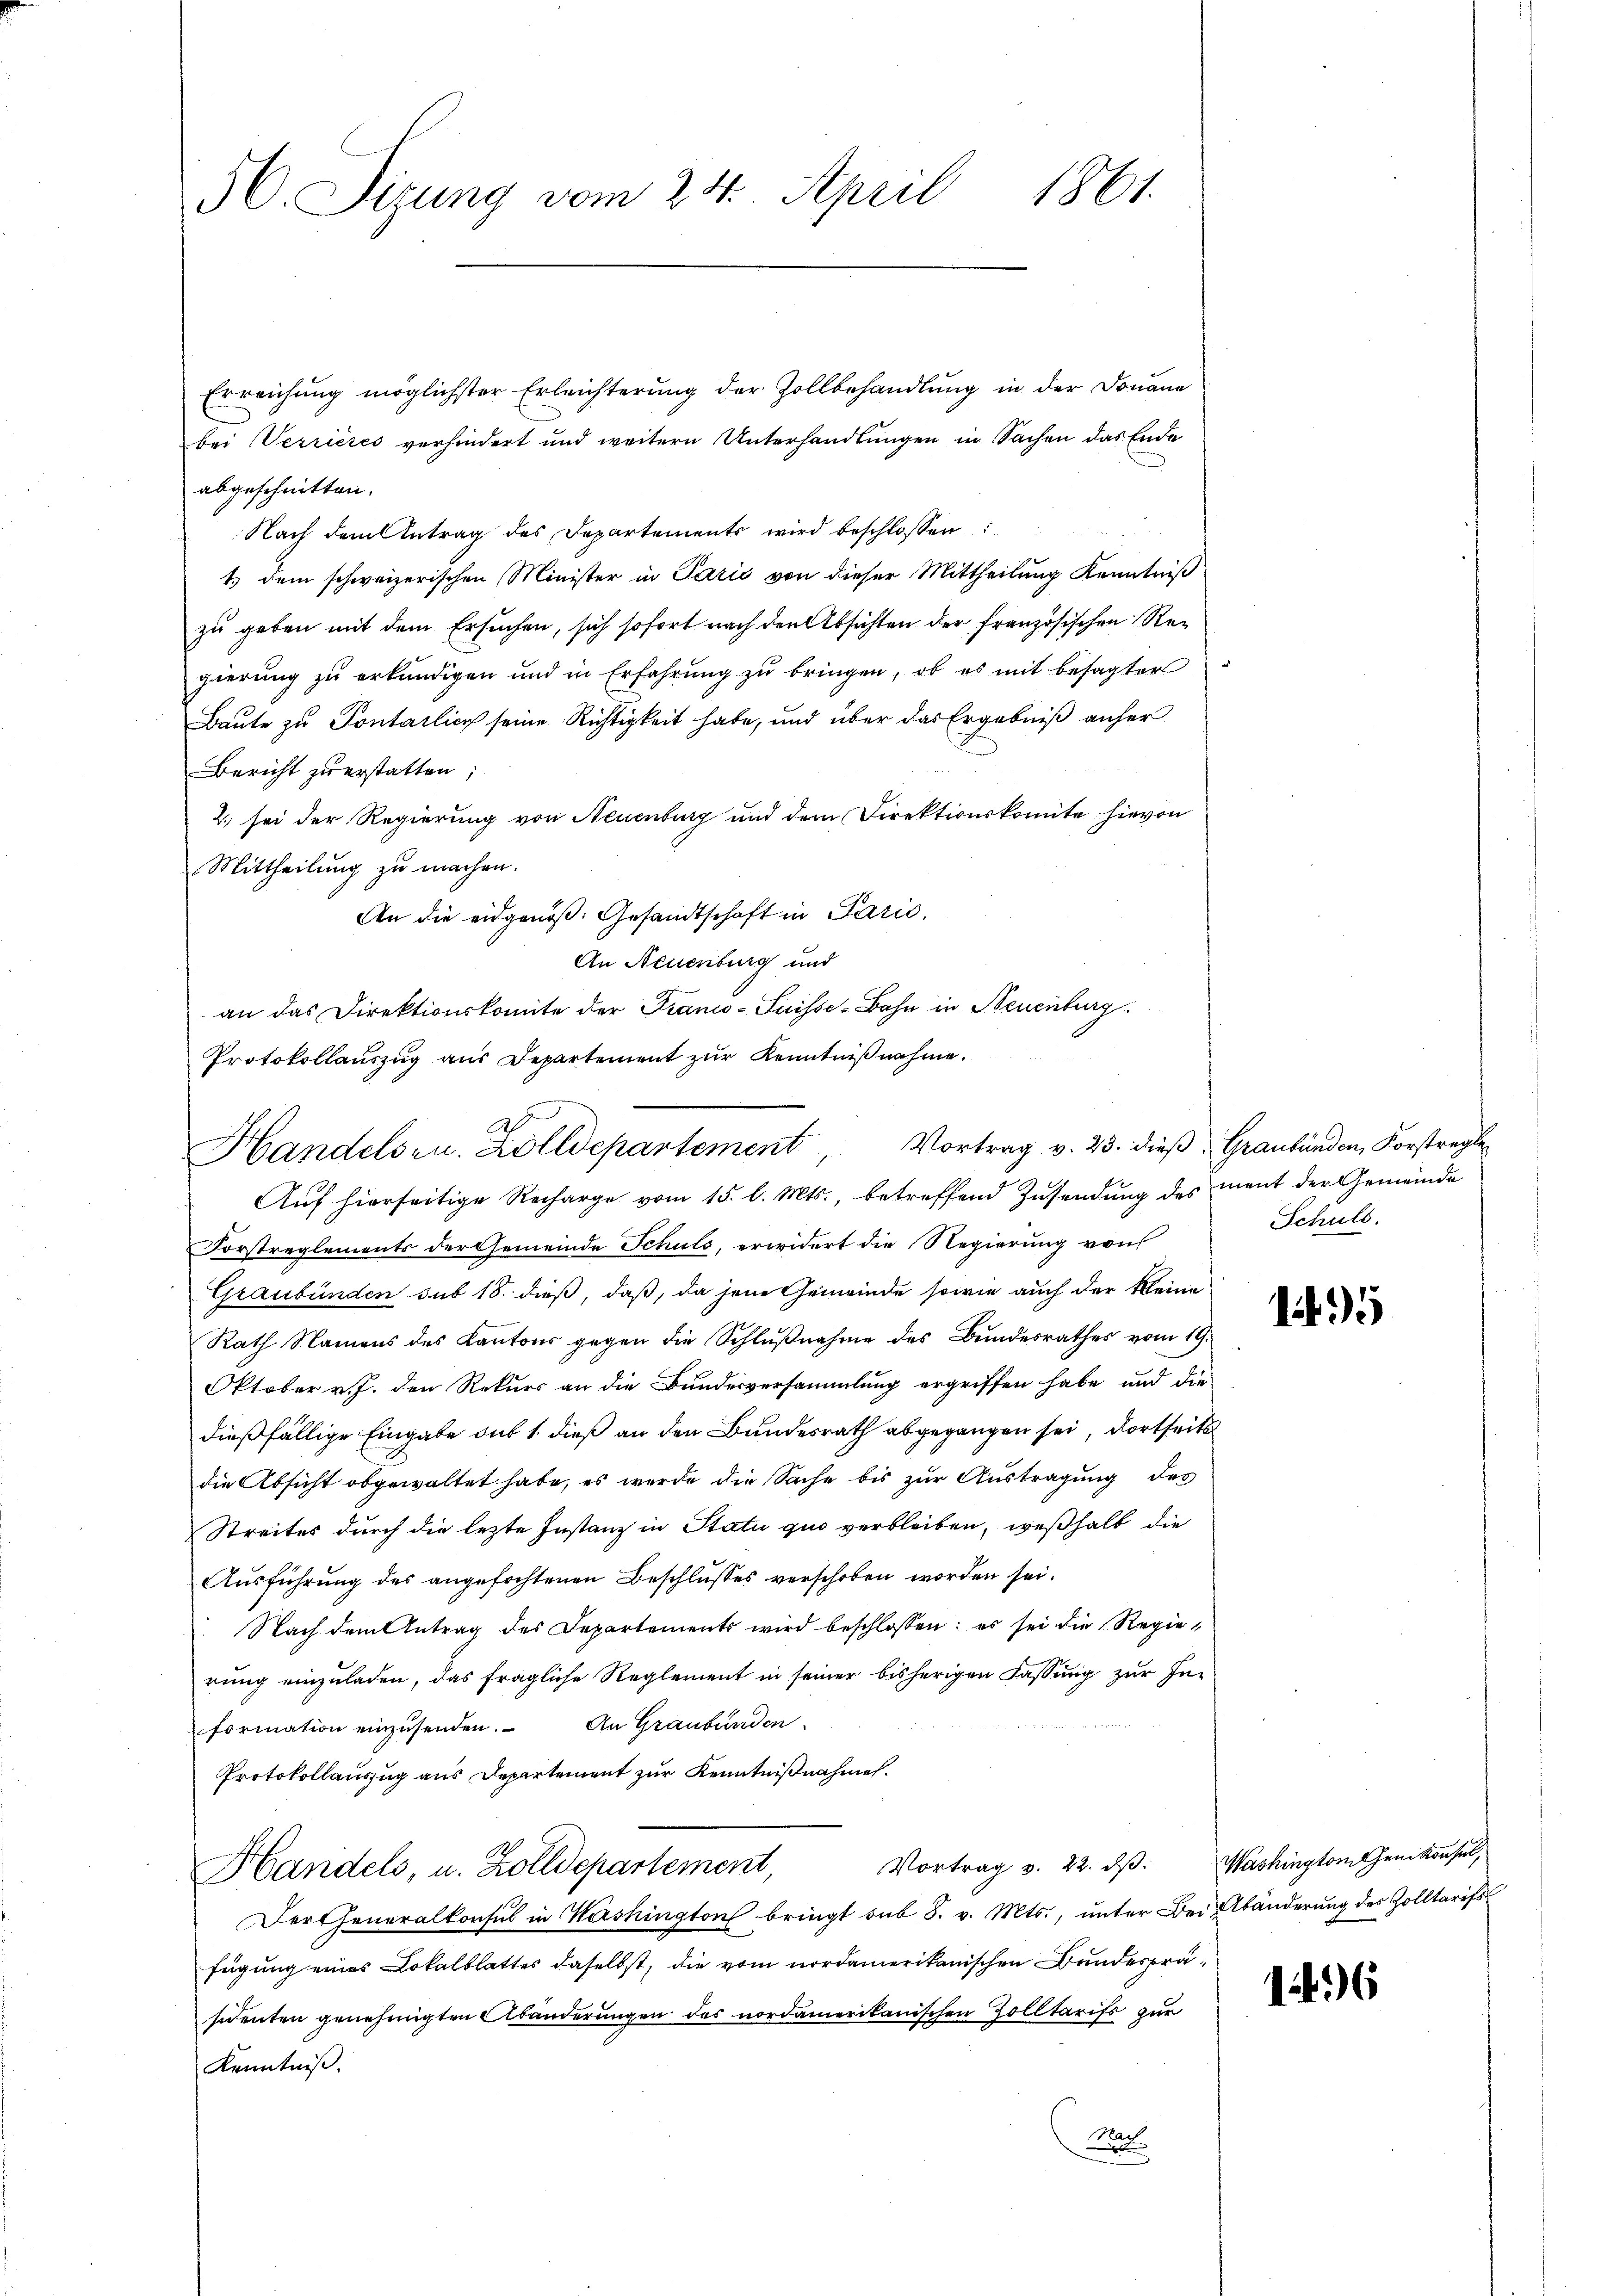
56. Sizung vom 24. April 1861.

2
Handelsen. Zolldepartement, Vortrag v. 23. dieβ Graubünden, Forstregle

Erreichung möglichster Erleichterung der Zollbehandlung in der Donaue
bei Verrières verhindert und weitern Unterhandlungen in Sachen das Ende
abgeschnitten.
Nach dem Antrag des Departements wird beschlossen:
1.) dem schweizerischen Minister in Paris von dieser Mittheilŭng Kenntniβ
zu geben mit dem Ersuchen, sich sofort nach den Absichten der französischen Regierung zu erkundigen und in Erfahrŭng zŭ bringen, ob es mit besagter
Baute zu Pontarlich seine Richtigkeit habe, und über das Ergebniß anher
Bericht zu erstatten;
2.) sei der Regierung von Neuenburg und dem Direktionskomite hievon
Mittheilung zu machen.
An die eidgenöß: Gesandtschaft in Parić,
An Neuenburg und
an das Direktionskomite der Franco-Suisse-Bahn in Neuenburg
Protokollauszug aus Departement zur Kenntnißnahme.

Auf hierseitige Recharge vom 15. l. Mts., betreffend Zusendung des ment der Gemeinde
Forstreglements der Gemeinde Schuld, erwidert die Regierung von
Graubünden sub 18. dieß, daß, da jene Gemeinde sowie auch der kleine
Rath Namens des Kantons gegen die Schlŭβnahme des Bŭndesrathes vom 19.
Oktober v. J. den Rekurs an die Bundesversammlung ergriffen habe und die
dießfällige Eingabe du 1. dieß an den Bundesrath abgegangen sei, dortseits
die Absicht abgewaltet habe, es werde die Sache bis zur Austragung des
Streites durch die lezte Instanz in Statu quo verbleiben, weßhalb die
Aŭsführŭng des angefochtenen Beschlŭsses verschoben worden sei.
Nach dem Antrag des Departements wird beschlossen: es sei die Regierung einzuladen, das fragliche Reglement in seiner bisherigen Fassung zur Information einzŭsenden. An Graubünden
Protokollauszug aus Departement zur Kenntnißnahmen.
Vortrag v. 22. dβ. Washington dem Konsul,
Handels, u. Zolldepartement,
Dertheneralkonsul in Washington bringt sub S. v. Mts., unter Bei Abänderung des Zolltarifsfügung eines Lokalblattes daselbst, die vom nordamerikanischen Bundesprä-
sidenten genehmigten Abänderungen des nordamerikanischen Zolltarifs zur
Kenntniß.
Not

Schuls.

1495

126